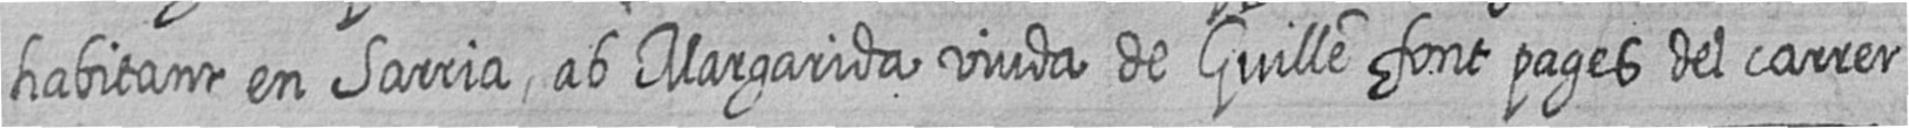
habitant en Sarria ab Margarida viuda de Guille font pages del carrer